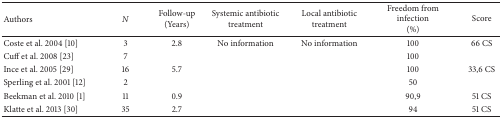
| Authors | N | Follow-up(Years) | Systemic antibiotic treatment | Local antibiotic treatment | Freedom from infection(%) | Score |
 | --- | --- | --- | --- | --- | --- | --- |
 | Coste et al. 2004 [10] | 3 | 2.8 | No information | No information | 100 | 66 CS |
 | Cuff et al. 2008 [23] | 7 |  |  |  | 100 |  |
 | Ince et al. 2005 [29] | 16 | 5.7 |  |  | 100 | 33,6 CS |
 | Sperling et al. 2001 [12] | 2 |  |  |  | 50 |  |
 | Beekman et al. 2010 [1] | 11 | 0.9 |  |  | 90,9 | 51 CS |
 | Klatte et al. 2013 [30] | 35 | 2.7 |  |  | 94 | 51 CS |